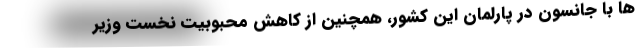
ها با جانسون در پارلمان این کشور، همچنین از کاهش محبوبیت نخست وزیر